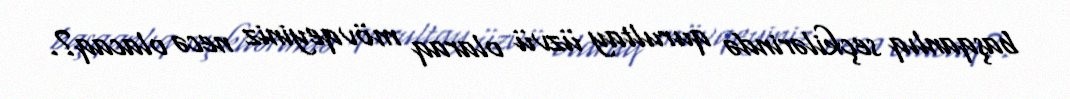
başqanlıq seçkilərində qurultay üzvü olaraq mövqeyiniz necə olacaq?.